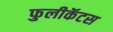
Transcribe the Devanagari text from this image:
फुलीकॅटस